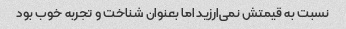
نسبت به قیمتش نمی‌ارزید اما بعنوان شناخت و تجربه خوب بود